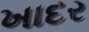
ખાદર